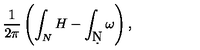
\frac { 1 } { 2 \pi } \left( \int _ { N } H - \int _ { \d N } \omega \right) ,